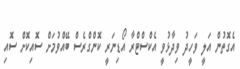
އެގޮތުން އަލީ ވަހީދު ވިދާޅުވީ އެކްސްޓްރާ އޯޑިނަރީ ކޮންގްރެސް ބޭއްވުމަށް ސޮއިކޮށް ސޮއި